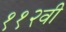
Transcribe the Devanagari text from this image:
११२वी